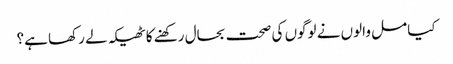
کیا مل والوں نے لوگوں کی صحت بحال رکھنے کا ٹھیکہ لے رکھا ہے؟